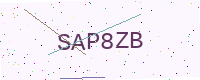
Text: SAP8ZB